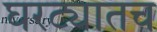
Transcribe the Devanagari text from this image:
घरट्यातच